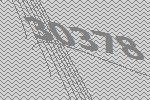
30378